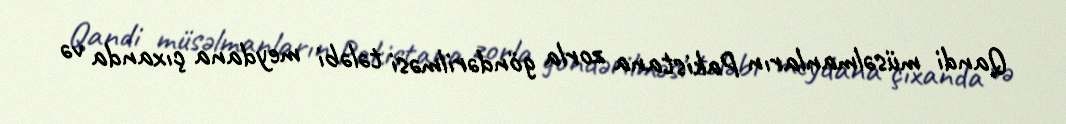
Qandi müsəlmanların Pakistana zorla göndərilməsi tələbi meydana çıxanda və